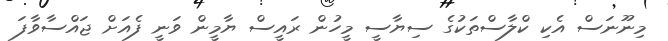
މިނޫނަސް އެކި ކްލާސްތަކުގެ ސިޔާސީ މީހުން ރައީސް ޔާމީން ވަނީ ފެއަށް ޖައްސާވާފަ